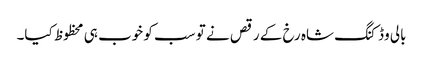
بالی وڈ کنگ شاہ رخ کے رقص نے تو سب کو خوب ہی محظوظ کیا۔